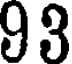
93